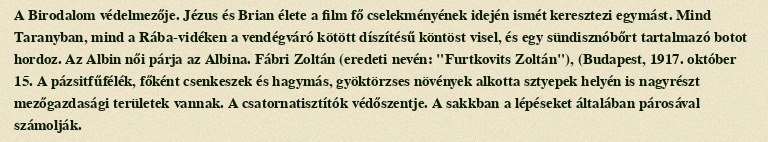
A Birodalom védelmezője. Jézus és Brian élete a film fő cselekményének idején ismét keresztezi egymást. Mind Taranyban, mind a Rába-vidéken a vendégváró kötött díszítésű köntöst visel, és egy sündisznóbőrt tartalmazó botot hordoz. Az Albin női párja az Albina. Fábri Zoltán (eredeti nevén: "Furtkovits Zoltán"), (Budapest, 1917. október 15. A pázsitfűfélék, főként csenkeszek és hagymás, gyöktörzses növények alkotta sztyepek helyén is nagyrészt mezőgazdasági területek vannak. A csatornatisztítók védőszentje. A sakkban a lépéseket általában párosával számolják.